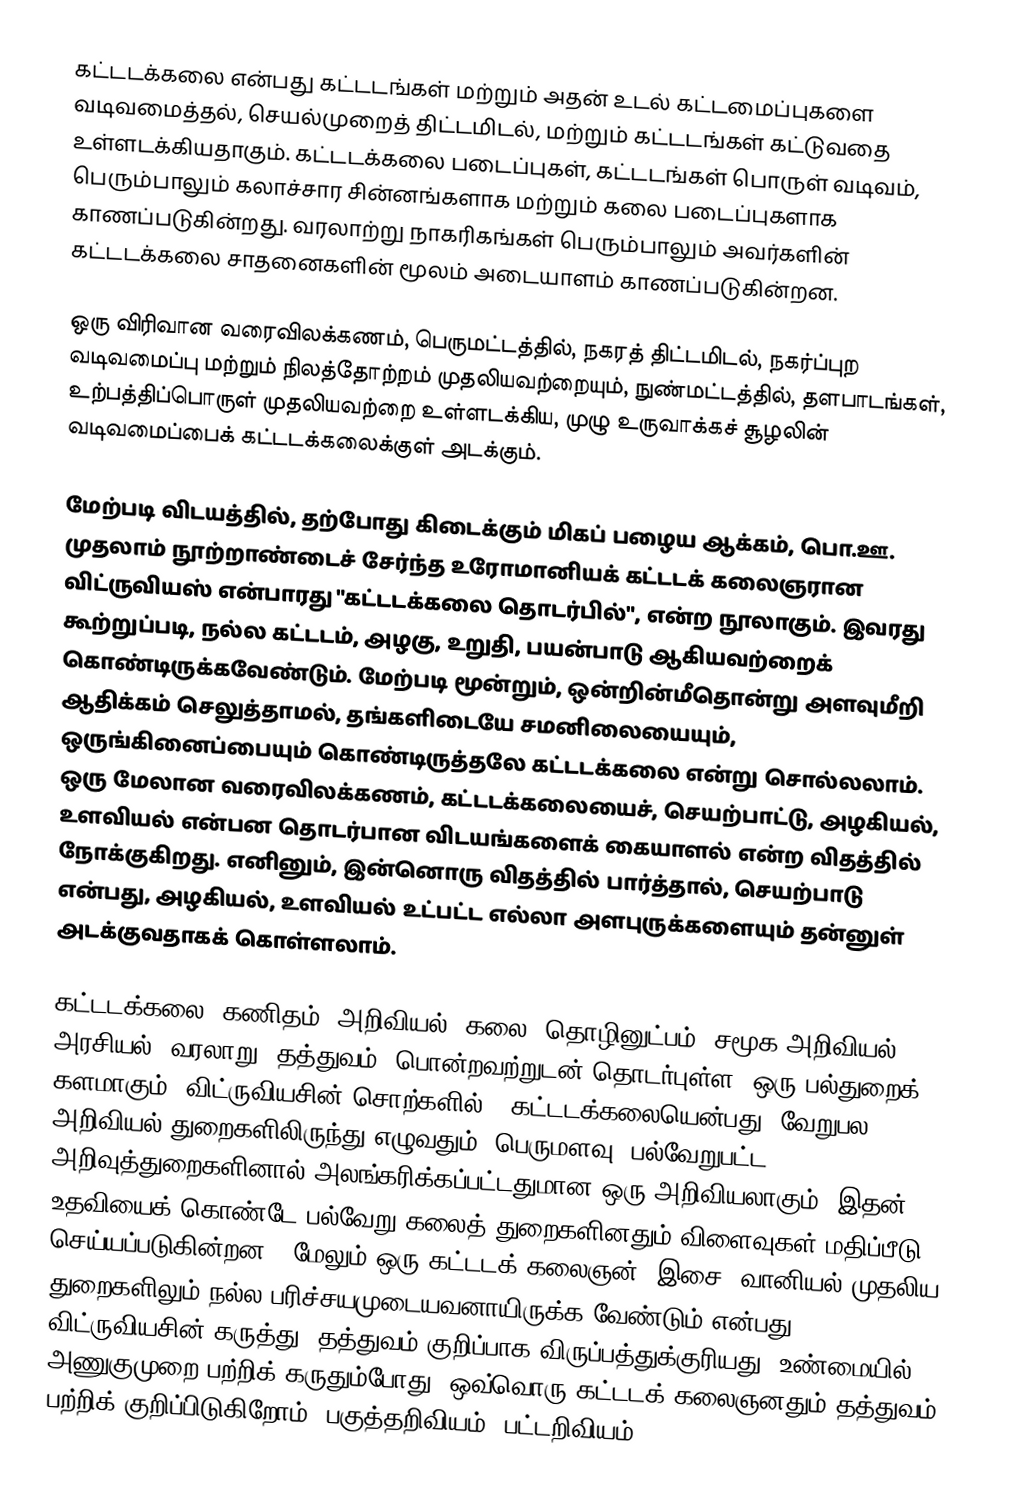
கட்டடக்கலை என்பது கட்டடங்கள் மற்றும் அதன் உடல் கட்டமைப்புகளை வடிவமைத்தல், செயல்முறைத் திட்டமிடல், மற்றும் கட்டடங்கள் கட்டுவதை உள்ளடக்கியதாகும். கட்டடக்கலை படைப்புகள், கட்டடங்கள் பொருள் வடிவம், பெரும்பாலும் கலாச்சார சின்னங்களாக மற்றும் கலை படைப்புகளாக காணப்படுகின்றது. வரலாற்று நாகரிகங்கள் பெரும்பாலும் அவர்களின் கட்டடக்கலை சாதனைகளின் மூலம் அடையாளம் காணப்படுகின்றன.

ஒரு விரிவான வரைவிலக்கணம், பெருமட்டத்தில், நகரத் திட்டமிடல், நகர்ப்புற வடிவமைப்பு மற்றும் நிலத்தோற்றம் முதலியவற்றையும், நுண்மட்டத்தில், தளபாடங்கள், உற்பத்திப்பொருள் முதலியவற்றை உள்ளடக்கிய, முழு உருவாக்கச் சூழலின் வடிவமைப்பைக் கட்டடக்கலைக்குள் அடக்கும்.

மேற்படி விடயத்தில், தற்போது கிடைக்கும் மிகப் பழைய ஆக்கம், பொ.ஊ. முதலாம் நூற்றாண்டைச் சேர்ந்த உரோமானியக் கட்டடக் கலைஞரான விட்ருவியஸ் என்பாரது "கட்டடக்கலை தொடர்பில்", என்ற நூலாகும். இவரது கூற்றுப்படி, நல்ல கட்டடம், அழகு, உறுதி, பயன்பாடு ஆகியவற்றைக் கொண்டிருக்கவேண்டும். மேற்படி மூன்றும், ஒன்றின்மீதொன்று அளவுமீறி ஆதிக்கம் செலுத்தாமல், தங்களிடையே சமனிலையையும், ஒருங்கினைப்பையும் கொண்டிருத்தலே கட்டடக்கலை என்று சொல்லலாம். ஒரு மேலான வரைவிலக்கணம், கட்டடக்கலையைச், செயற்பாட்டு, அழகியல், உளவியல் என்பன தொடர்பான விடயங்களைக் கையாளல் என்ற விதத்தில் நோக்குகிறது. எனினும், இன்னொரு விதத்தில் பார்த்தால், செயற்பாடு என்பது, அழகியல், உளவியல் உட்பட்ட எல்லா அளபுருக்களையும் தன்னுள் அடக்குவதாகக் கொள்ளலாம்.

கட்டடக்கலை, கணிதம், அறிவியல், கலை, தொழினுட்பம், சமூக அறிவியல், அரசியல், வரலாறு, தத்துவம், பொன்றவற்றுடன் தொடர்புள்ள, ஒரு பல்துறைக் களமாகும். விட்ருவியசின் சொற்களில், "கட்டடக்கலையென்பது, வேறுபல அறிவியல் துறைகளிலிருந்து எழுவதும், பெருமளவு, பல்வேறுபட்ட அறிவுத்துறைகளினால் அலங்கரிக்கப்பட்டதுமான ஒரு அறிவியலாகும்: இதன் உதவியைக் கொண்டே பல்வேறு கலைத் துறைகளினதும் விளைவுகள் மதிப்பீடு செய்யப்படுகின்றன". மேலும் ஒரு கட்டடக் கலைஞன், இசை, வானியல் முதலிய துறைகளிலும் நல்ல பரிச்சயமுடையவனாயிருக்க வேண்டும் என்பது விட்ருவியசின் கருத்து. தத்துவம் குறிப்பாக விருப்பத்துக்குரியது. உண்மையில், அணுகுமுறை பற்றிக் கருதும்போது, ஒவ்வொரு கட்டடக் கலைஞனதும் தத்துவம் பற்றிக் குறிப்பிடுகிறோம். பகுத்தறிவியம், பட்டறிவியம்